Malaria in the Punjab - Number 46
Disease focus: Malaria
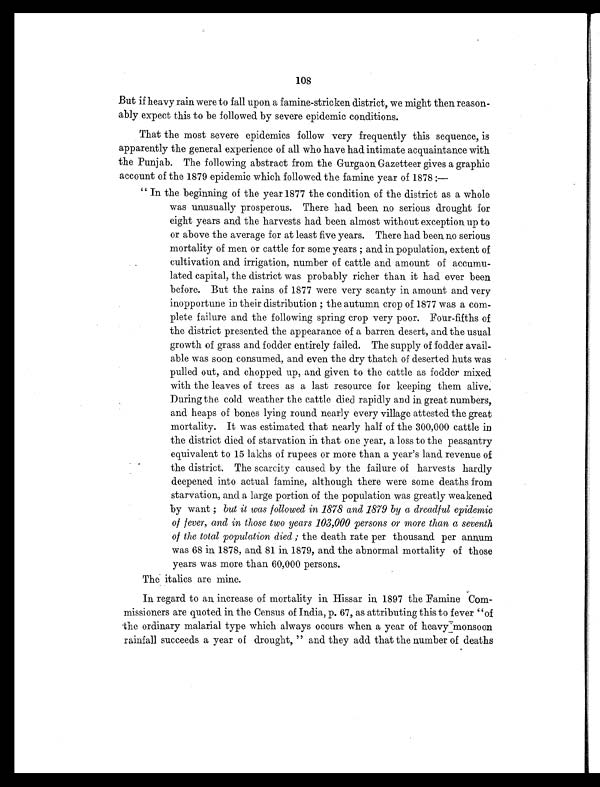
108
But if heavy rain were to fall upon a famine-stricken district, we might then reason-
ably expect this to be followed by severe epidemic conditions.
That the most severe epidemics follow very frequently this sequence, is
apparently the general experience of all who have had intimate acquaintance with
the Punjab. The following abstract from the Gurgaon Gazetteer gives a graphic
account of the 1879 epidemic which followed the famine year of 1878 : —
" In the beginning of the year 1877 the condition of the district as a whole
was unusually prosperous. There had been no serious drought for
eight years and the harvests had been almost without exception up to
or above the average for at least five years. There had been no serious
mortality of men or cattle for some years ; and in population, extent of
cultivation and irrigation, number of cattle and amount of accumu-
lated capital, the district was probably richer than it had ever been
before. But the rains of 1877 were very scanty in amount and very
inopportune in their distribution ; the autumn crop of 1877 was a com-
plete failure and the following spring crop very poor. Four-fifths of
the district presented the appearance of a barren desert, and the usual
growth of grass and fodder entirely failed. The supply of fodder avail-
able was soon consumed, and even the dry thatch of deserted huts was
pulled out, and chopped up, and given to the cattle as fodder mixed
with the leaves of trees as a last resource for keeping them alive.
During the cold weather the cattle died rapidly and in great numbers,
and heaps of bones lying round nearly every village attested the great
mortality. It was estimated that nearly half of the 300,000 cattle in
the district died of starvation in that one year, a loss to the peasantry
equivalent to 15 lakhs of rupees or more than a year's land revenue of
the district. The scarcity caused by the failure of harvests hardly
deepened into actual famine, although there were some deaths from
starvation, and a large portion of the population was greatly weakened
by want ; but it was followed in 1878 and 1879 by a dreadful epidemic
of fever, and in those two years 103,000 persons or more than a seventh
of the total population died ; the death rate per thousand per annum
was 68 in 1878, and 81 in 1879, and the abnormal mortality of those
years was more than 60,000 persons.
The italics are mine.
In regard to an increase of mortality in Hissar in 1897 the Famine Com-
missioners are quoted in the Census of India, p. 67, as attributing this to fever "of
the ordinary malarial type which always occurs when a year of heavymonsoon
rainfall succeeds a year of drought, " and they add that the number of deaths